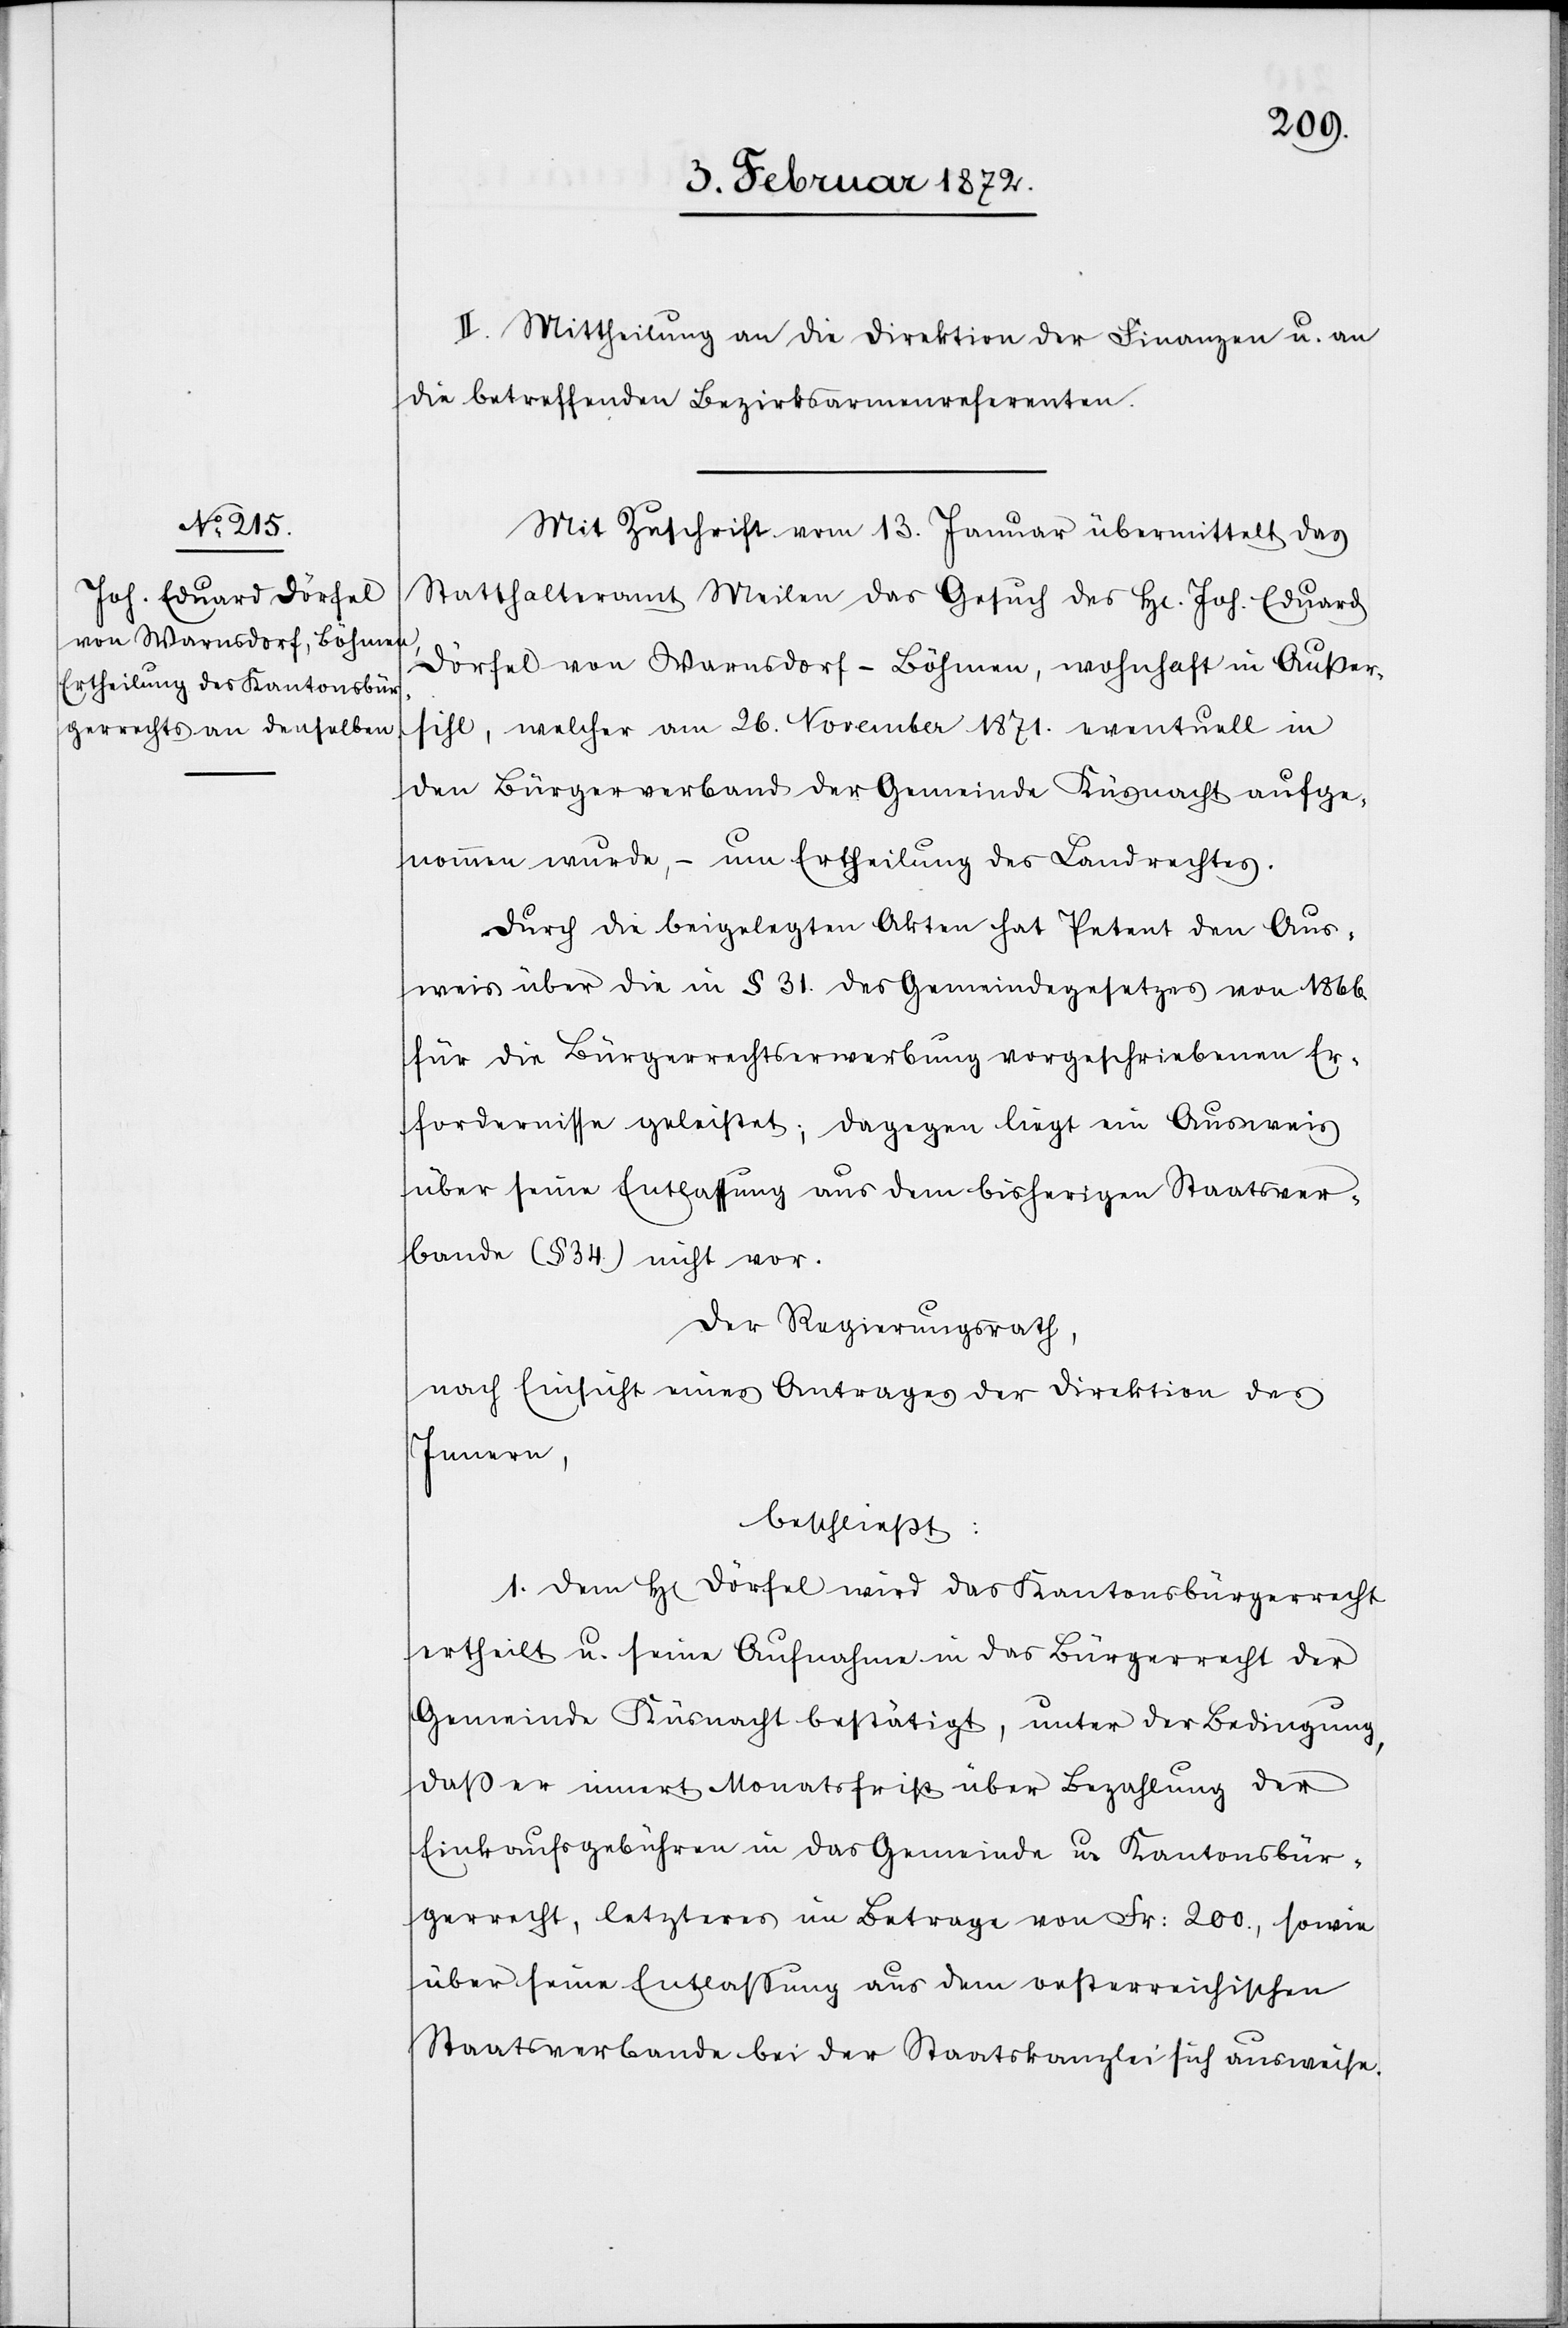
II. Mittheilung an die Direktion der Finanzen u. an
die betreffenden Bezirksarmenreferenten.
Mit Zuschrift vom 13. Januar übermittelt das
Statthalteramt Meilen das Gesuch des Hr. Joh. Eduard
Dörfel von Warnsdorf-Böhmen, wohnhaft in Außer¬
sihl, welcher am 26. November 1871. eventuell in
den Bürgerverband der Gemeinde Küsnacht aufge¬
nommen wurde,– um Ertheilung des Landrechtes.
Durch die beigelegten Akten hat Petent den Aus¬
weis über die in § 31. des Gemeindegesetzes von 1866.
für die Bürgerrechtserwerbung vorgeschriebenen Er¬
fordernisse geleistet; dagegen liegt ein Ausweis
über seine Entlassung aus dem bisherigen Staatsver¬
bande (§ 34.) nicht vor.
Der Regierungsrath,
nach Einsicht eines Antrages der Direktion des
Innern,
beschließt:
1. Dem Hr. Dörfel wird das Kantonsbürgerrecht
ertheilt u. seine Aufnahme in das Bürgerrecht der
Gemeinde Küsnacht bestätigt, unter der Bedingung,
daß er innert Monatsfrist über Bezahlung der
Einkaufsgebühren in das Gemeinde u. Kantonsbür¬
gerrecht, letzteres im Betrage von Fr. 200., sowie
über seine Entlassung aus dem oesterreichischen
Staatsverbande bei der Staatskanzlei ausweise.